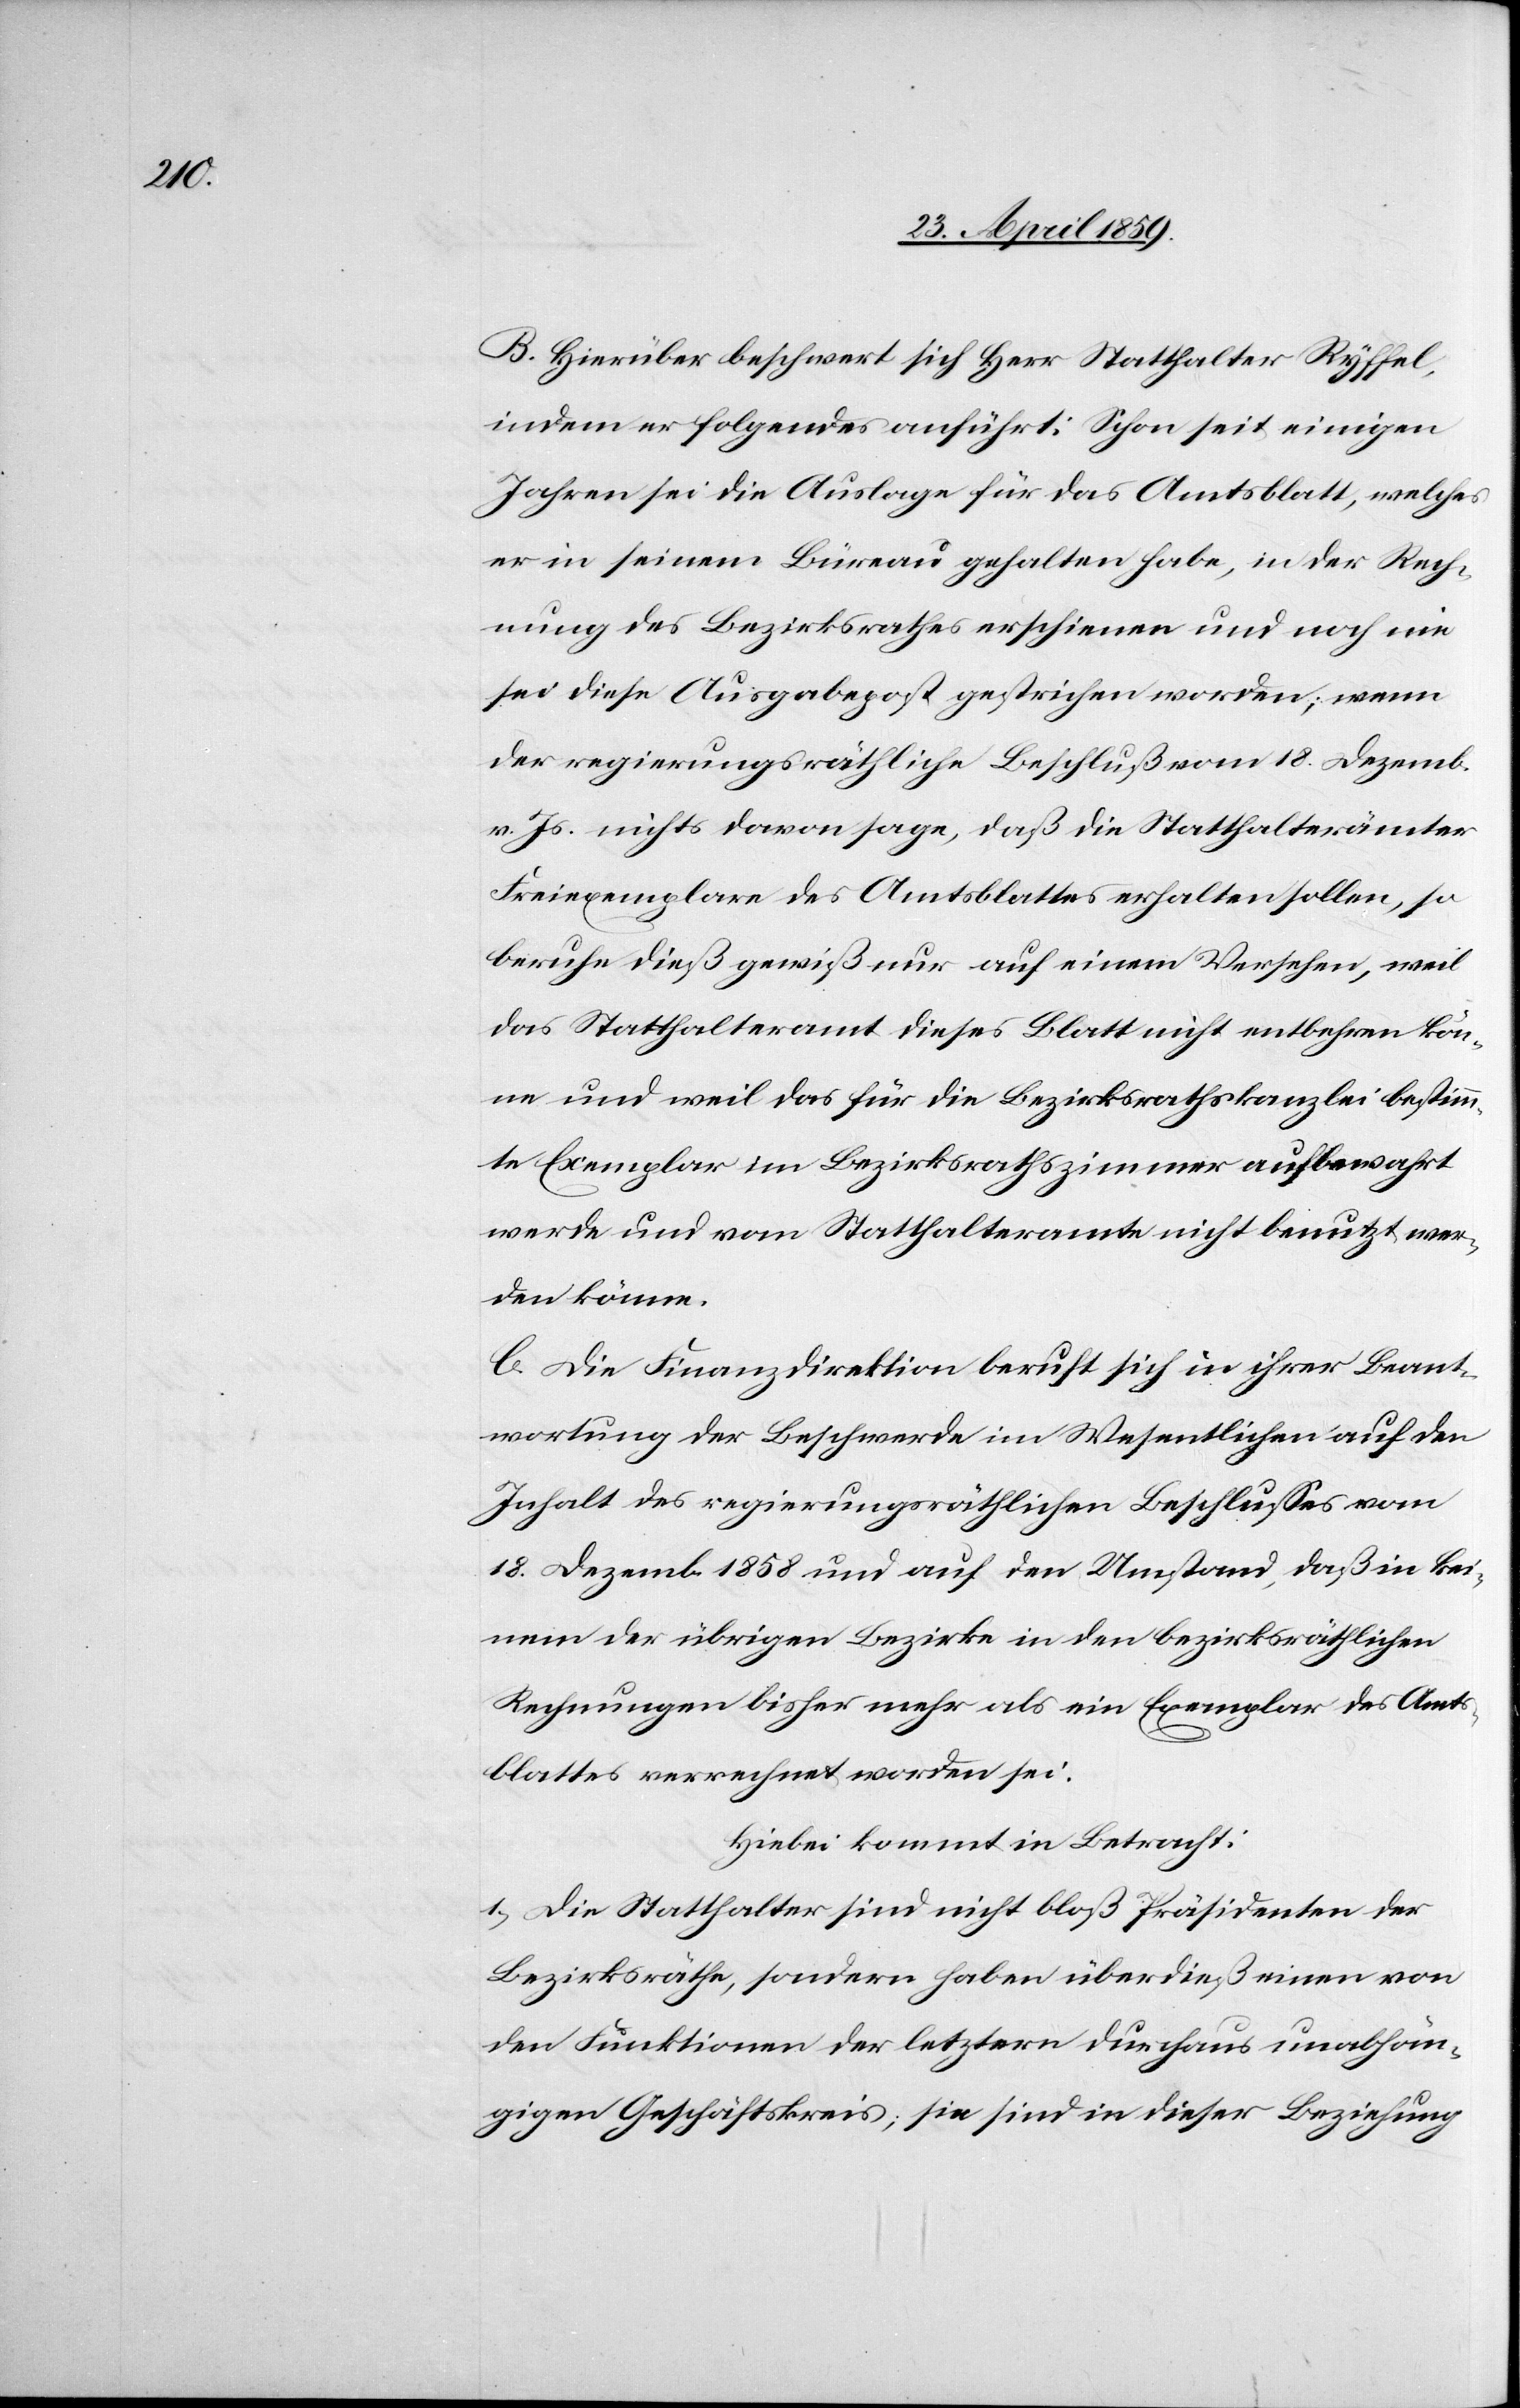
B. Hierüber beschwert sich Herr Statthalter Ryffel,
indem er folgendes anführt: Schon seit einigen
Jahren sei die Auslage für das Amtsblatt, welches
er in seinem Büreau gehalten habe, in der Rech¬
nung des Bezirksrathes erschienen und noch nie
sei diese Ausgabepost gestrichen worden; wenn
der regierungsräthliche Beschluß vom 18. Dezemb.
v. Js. nichts davon sage, daß die Statthalterämter
Freiexemplare des Amtsblattes erhalten sollen, so
beruhe dieß gewiß nur auf einem Versehen, weil
das Statthalteramt dieses Blatt nicht entbehren kön¬
ne und weil das für die Bezirksrathskanzlei bestimm¬
te Exemplar im Bezirksrathszimmer aufbewahrt
werde und vom Statthalteramte nicht benutzt wer¬
den könne.
C. Die Finanzdirektion beruft sich in ihrer Beant¬
wortung der Beschwerde im Wesentlichen auf den
Inhalt des regierungsräthlichen Beschlußes vom
18. Dezemb. 1858 und auf den Umstand, daß in kei¬
nem der übrigen Bezirke in den bezirksräthlichen
Rechnungen bisher mehr als ein Exemplar des Amts¬
blattes verrechnet worden sei.
Hiebei kommt in Betracht:
1) Die Statthalter sind nicht bloß Präsidenten der
Bezirksräthe, sondern haben überdieß einen von
den Funktionen der letztern durchaus unabhän¬
gigen Geschäftskreis; sie sind in dieser Beziehung